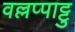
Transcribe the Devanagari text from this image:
वल्लप्पाट्टु